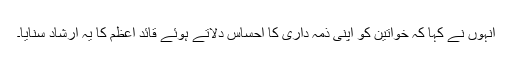
انہوں نے کہا کہ خواتین کو اپنی ذمہ داری کا احساس دلاتے ہوئے قائد اعظم کا یہ ارشاد سنایا۔